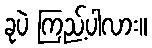
ခုပဲ ကြည့်ပါလား။